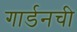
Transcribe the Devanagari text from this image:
गार्डनची